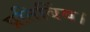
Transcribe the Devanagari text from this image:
प्रतिबिंब।